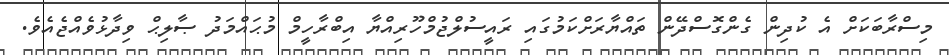
މިސްރާބަކަށް އެ ކުދިން ގެންގޮސްދޭން ތައްޔާރަށްކަމުގައި ރައީސުލްޖުމްހޫރިއްޔާ އިބްރާހީމް މުޙައްމަދު ޞާލިޙް ވިދާޅުވެއްޖެއެވެ.